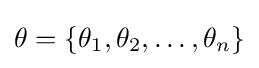
\theta =\{\theta _{1},\theta _{2},\dots ,\theta _{n}\}